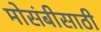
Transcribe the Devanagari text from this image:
मोसंबीसाठी